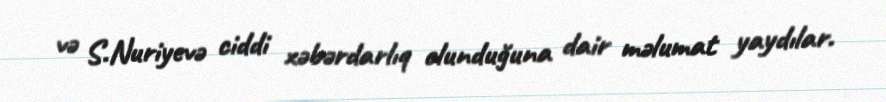
və S.Nuriyevə ciddi xəbərdarlıq olunduğuna dair məlumat yaydılar.